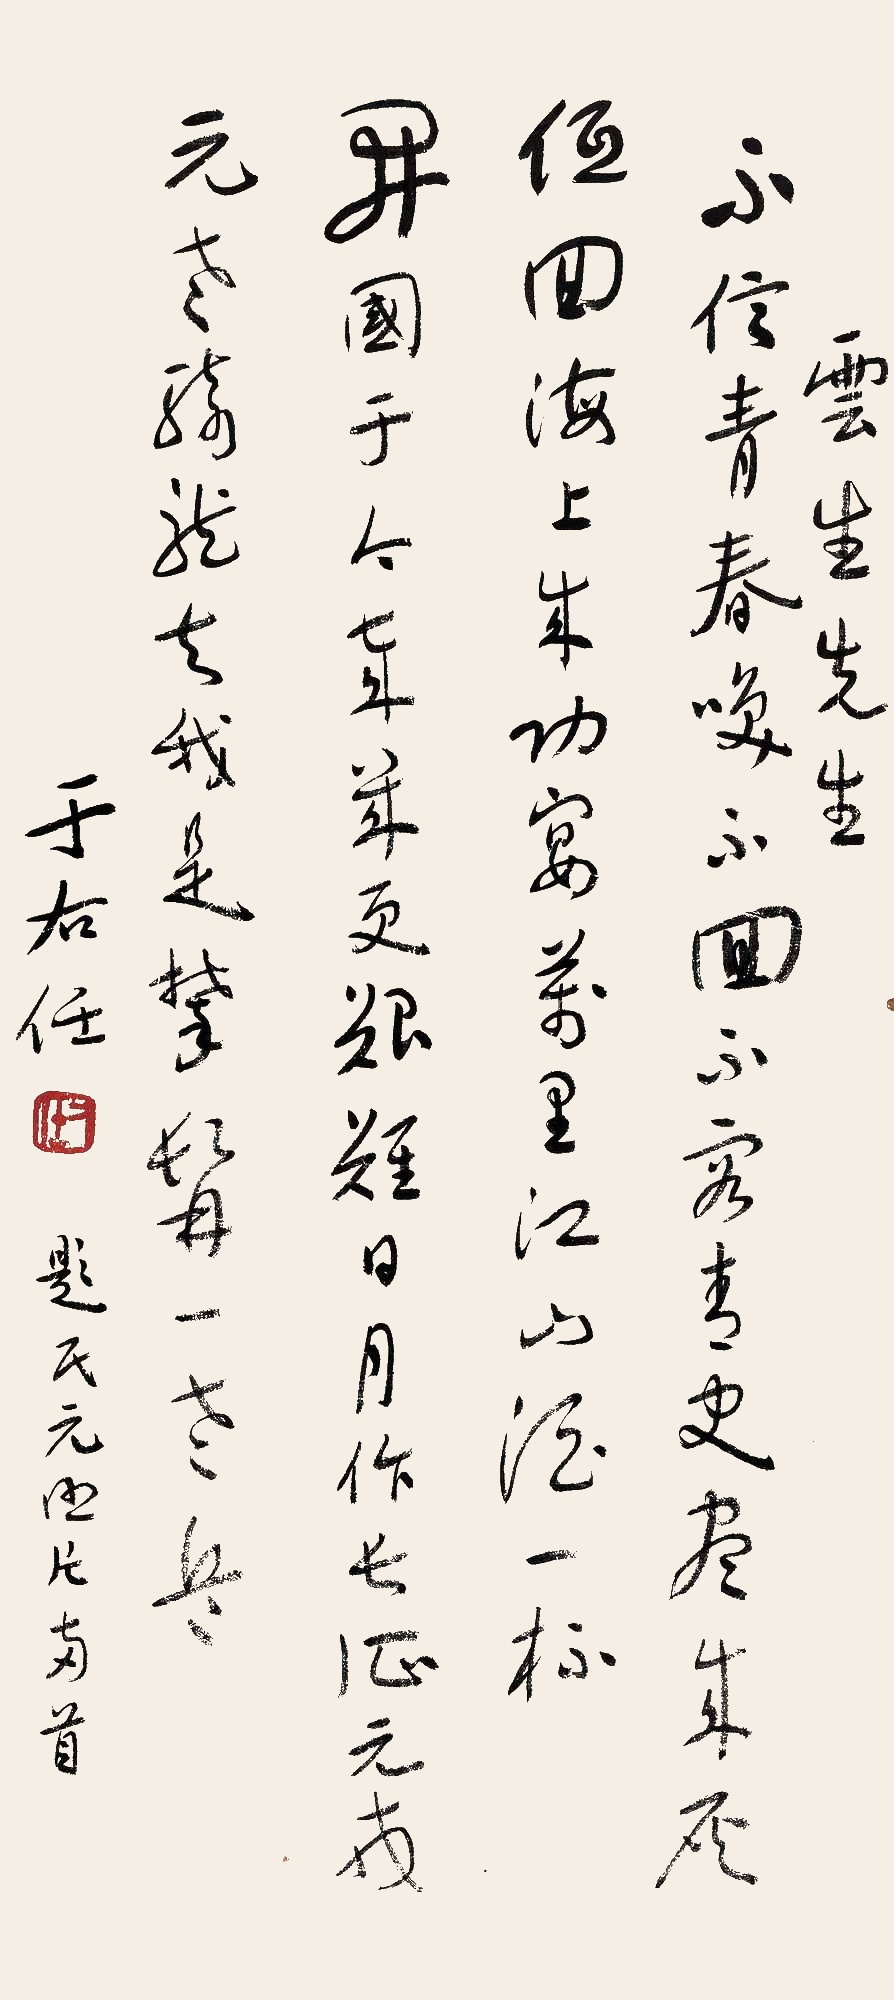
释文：不信青春唤不回，不留青史尽成灰。低回海上成功宴，万里江山酒一杯。开国于今岁几更，艰难日月作长征。元戎元老骑龙去，我是攀髯一老兵。云生先生，于右任。